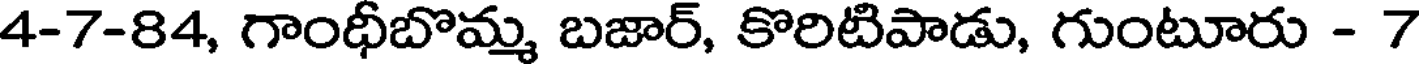
4-7-84, గాంధీబొమ్మ బజార్, కొరిటిపాడు, గుంటూరు - 7